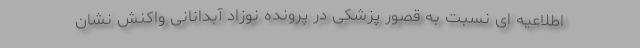
اطلاعیه ای نسبت به قصور پزشکی در پرونده نوزاد آبدانانی واکنش نشان